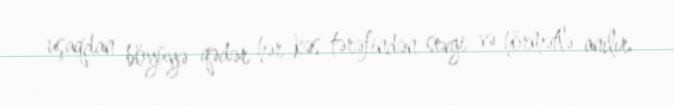
uşaqdan böyüyə qədər hər kəs tərəfindən sevgi və hörmətlə anılır.